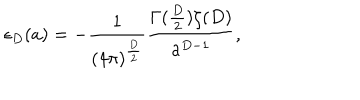
\epsilon _ { D } ( a ) = - \frac { 1 } { ( 4 \pi ) ^ { \frac { D } { 2 } } } \frac { \Gamma ( \frac { D } { 2 } ) \zeta ( D ) } { a ^ { D - 1 } } ,